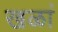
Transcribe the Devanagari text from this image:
खळां